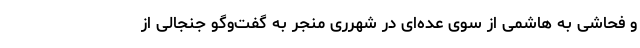
و فحاشی به هاشمی از سوی عده‌ای در شهرری منجر به گفت‌وگو جنجالی از